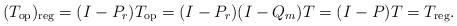
LaTeX: \begin{align*} (T_{\rm op})_{\rm reg}=(I-P_r)T_{\rm op}=(I-P_r)(I-Q_m)T=(I-P)T=T_{\rm reg}.\end{align*}